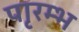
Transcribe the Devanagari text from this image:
पाृरम्भ